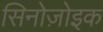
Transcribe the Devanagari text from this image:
सिनोज़ोइक